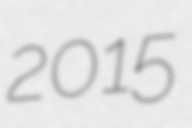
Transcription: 2015